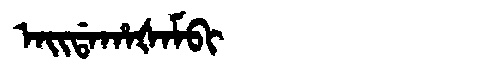
Manchu: ᠠᡳᡩᠠᡥᠠᡧᠠᠮᠪᡳ
Romanization: AIDAHAŠAMBI